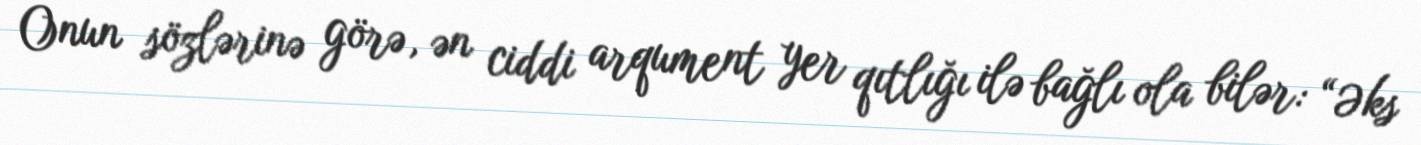
Onun sözlərinə görə, ən ciddi arqument yer qıtlığı ilə bağlı ola bilər: “Əks